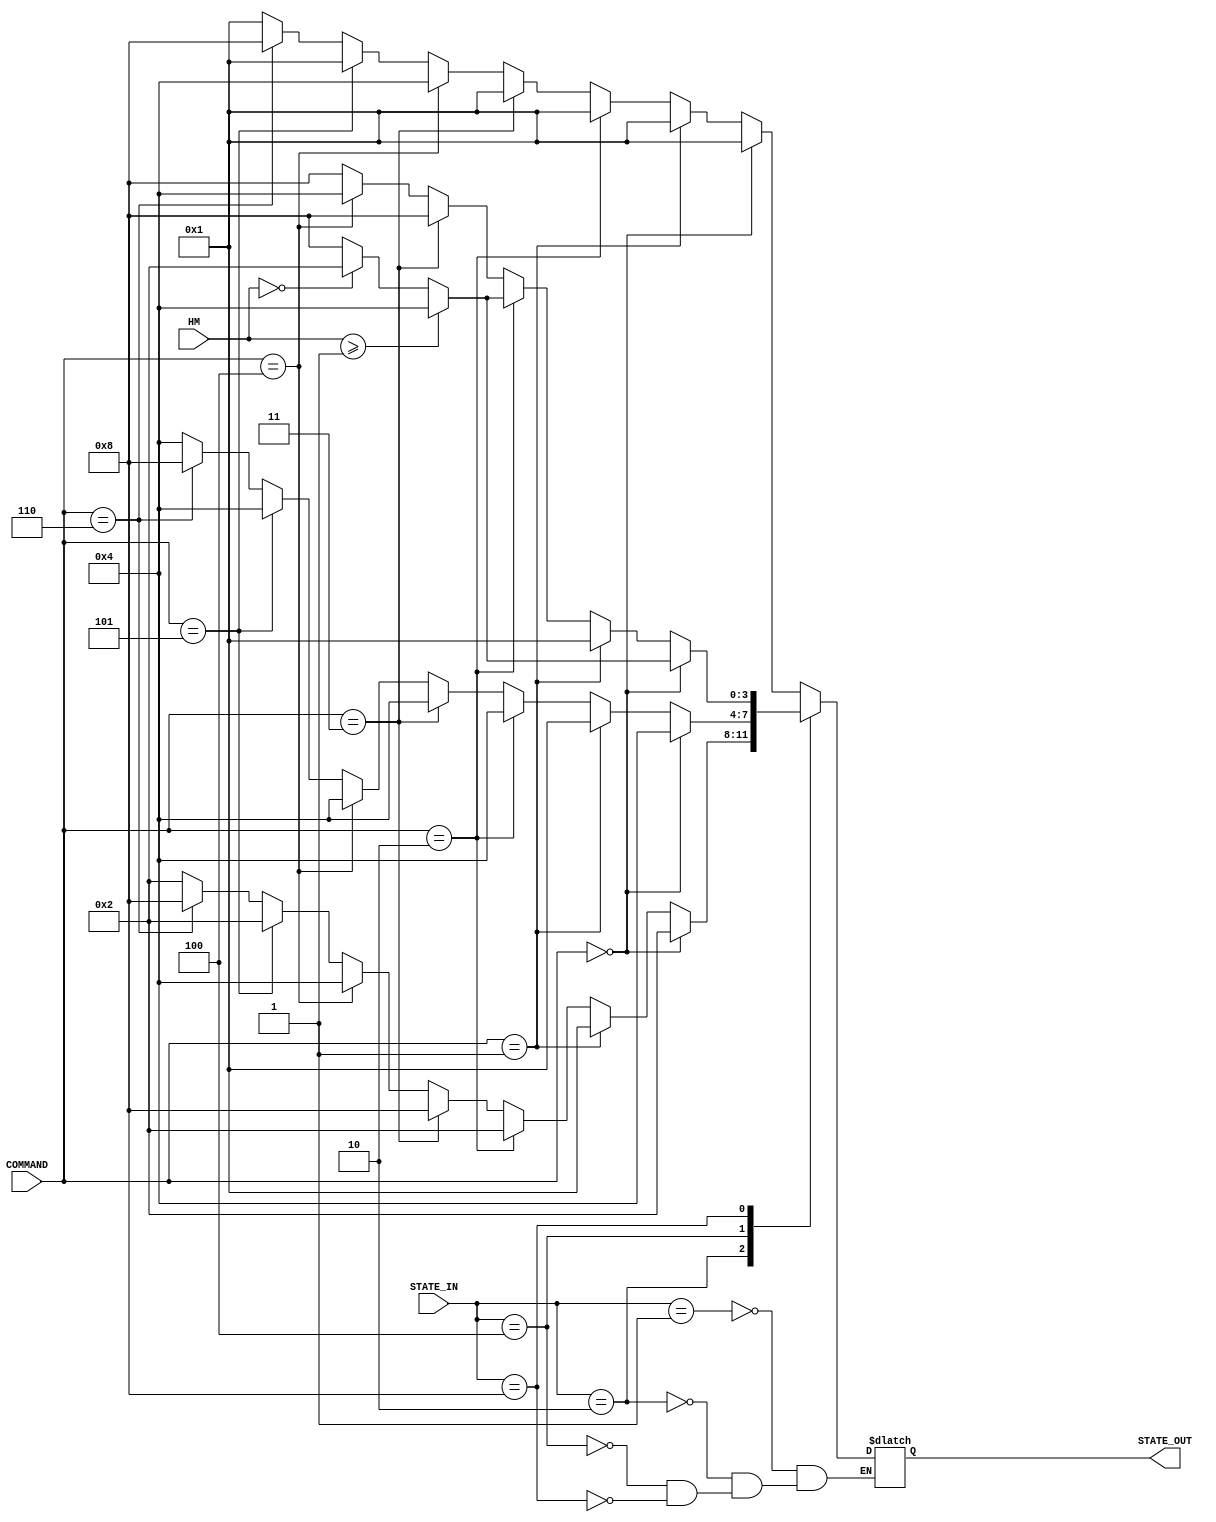
/* This lays out the Finite State Machine (FSM) that will control most of the operations within the cache memory.
 *  It is primarily dependent on the MESI protocol and the need to maitain the inclusivity property.  It is based
 *  on the two example FSMs in the cache slides provided by Professor Mark Faust and the the FSM implemented
 *  by PowerPC to do the same.
 */

module MESI_FSM(COMMAND, STATE_IN, HM, STATE_OUT);
  
  // Declare input/output types, sizes, and uses
  input       [7:0] COMMAND;              // The command of the currently working operation
  input       [3:0] STATE_IN;             // The current state of the working address
  input       [1:0] HM;                   // Takes the HIT/HITM/MISS signals from FSB: 0 MISS, 1 HIT, 2 HITM
  output reg  [3:0] STATE_OUT;            // The next state of the address according to other inputs and MESI FSM
  
  // Establish needed variables and parameters
  localparam    MODIFIED    = 4'b0001;    // Params used for MESI protocol
  localparam    EXCLUSIVE   = 4'b0010;
  localparam    SHARED      = 4'b0100;
  localparam    INVALID     = 4'b1000;


  /**********************************************************************************************************/
  /*  The following is the finite state machine that will perform the appropriate operations for the MESI   */
  /*   protocol.  It will take into account the current state and any other necessary input to determine    */
  /*   the next state.                                                                                      */
  /**********************************************************************************************************/
  
  
  // Gives next state
  always @(STATE_IN,COMMAND,HM)
  begin
    case(STATE_IN)
      MODIFIED:   if      (COMMAND == 0) STATE_OUT = MODIFIED;
                  else if (COMMAND == 1) STATE_OUT = MODIFIED;
                  else if (COMMAND == 2) STATE_OUT = MODIFIED;  // not sure because should not happen?
                  else if (COMMAND == 3) STATE_OUT = MODIFIED;  // not sure because should not happen?
                  else if (COMMAND == 4) STATE_OUT = SHARED;
                  else if (COMMAND == 5) STATE_OUT = MODIFIED;  // not sure because should not happen?
                  else if (COMMAND == 6) STATE_OUT = INVALID;
                  else                   STATE_OUT = MODIFIED;

      EXCLUSIVE:  if      (COMMAND == 0) STATE_OUT = EXCLUSIVE;
                  else if (COMMAND == 1) STATE_OUT = MODIFIED;
                  else if (COMMAND == 2) STATE_OUT = EXCLUSIVE;
                  else if (COMMAND == 3) STATE_OUT = INVALID;
                  else if (COMMAND == 4) STATE_OUT = SHARED;
                  else if (COMMAND == 5) STATE_OUT = EXCLUSIVE;  // not sure because should not happen?
                  else if (COMMAND == 6) STATE_OUT = INVALID;
                  else                   STATE_OUT = EXCLUSIVE;

      SHARED:     if      (COMMAND == 0) STATE_OUT = SHARED;
                  else if (COMMAND == 1) STATE_OUT = MODIFIED;
                  else if (COMMAND == 2) STATE_OUT = SHARED;
                  else if (COMMAND == 3) STATE_OUT = SHARED;  // not sure because should not happen?
                  else if (COMMAND == 4) STATE_OUT = SHARED;
                  else if (COMMAND == 5) STATE_OUT = SHARED;  // not sure because should not happen?
                  else if (COMMAND == 6) STATE_OUT = INVALID;
                  else                   STATE_OUT = SHARED;

      INVALID:    if      (COMMAND == 0) begin
                    if    (HM >= 2'b1)   STATE_OUT = SHARED;
                    else if (HM == 2'b0) STATE_OUT = EXCLUSIVE;
                    else                 STATE_OUT = INVALID;
                  end
                  else if (COMMAND == 1) STATE_OUT = MODIFIED; // This needs more thought
                  else if (COMMAND == 2) begin
                    if    (HM >= 2'b1)   STATE_OUT = SHARED;
                    else if (HM == 2'b0) STATE_OUT = EXCLUSIVE;
                    else                 STATE_OUT = INVALID;
                  end
                  else if (COMMAND == 3) STATE_OUT = INVALID;  // not sure because should not happen?
                  else if (COMMAND == 4) STATE_OUT = SHARED;
                  else if (COMMAND == 5) STATE_OUT = INVALID;  // not sure because should not happen?
                  else if (COMMAND == 6) STATE_OUT = INVALID;
                  else                   STATE_OUT = INVALID;
    endcase
  end
endmodule